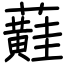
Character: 蘳